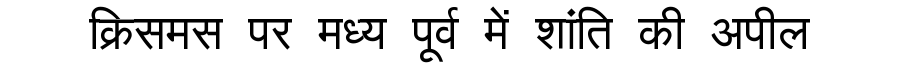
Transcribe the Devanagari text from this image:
क्रिसमस पर मध्य पूर्व में शांति की अपील